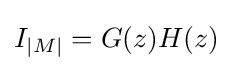
I_{|M|}=G(z)H(z)